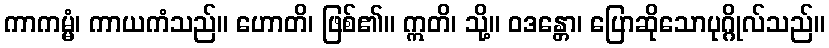
ကာကမ္မံ၊ ကာယကံသည်။ ဟောတိ၊ ဖြစ်၏။ ဣတိ၊ သို့။ ဝဒန္တော၊ ပြောဆိုသောပုဂ္ဂိုလ်သည်။